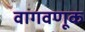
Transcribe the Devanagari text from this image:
वागवणूक